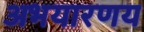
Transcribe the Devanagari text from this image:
अभयारणय